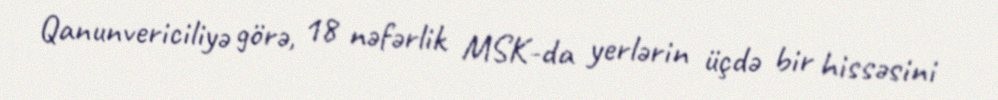
Qanunvericiliyə görə, 18 nəfərlik MSK-da yerlərin üçdə bir hissəsini